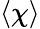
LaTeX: \langle\chi\rangle